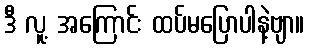
ဒီ လူ့ အကြောင်း ထပ်မပြောပါနဲ့ဗျာ။